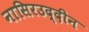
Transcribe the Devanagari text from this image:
नासिरउद्दीन